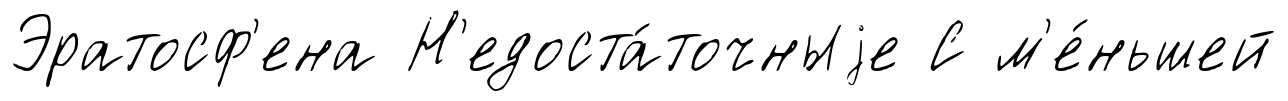
Эратосф'ена Н'едоста́точныjе С м'е́ньшей